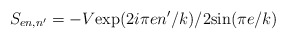
\begin{align*}S_{en,n'}=-V\mbox{exp}(2i\pi en'/k)/2\mbox{sin}(\pi e/k)\end{align*}